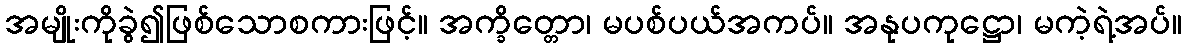
အမျိုးကိုခွဲ၍ဖြစ်သောစကားဖြင့်။ အက္ခိတ္တော၊ မပစ်ပယ်အကပ်။ အနုပကုဋ္ဌော၊ မကဲ့ရဲ့အပ်။